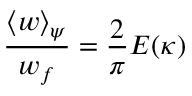
\frac { \langle w \rangle _ { \psi } } { w _ { f } } = \frac { 2 } { \pi } E ( \kappa )